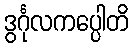
ဒွင်္ဂုလကပ္ပေါတိ